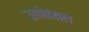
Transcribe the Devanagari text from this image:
उपांतराल